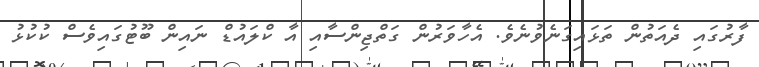
ފާރުގައި ދެއަތުން ތަޅައިގަނެވުނެވެ. އެހާވަރުން ގަތްޖިންސާއި އާ ކްލައުޑް ނައިން ބޫޓުގައިވެސް ކުކުޅު